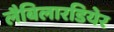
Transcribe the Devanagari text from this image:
लैबिलारडियेर